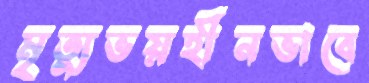
মৃত্যুভয়হীনভাবে